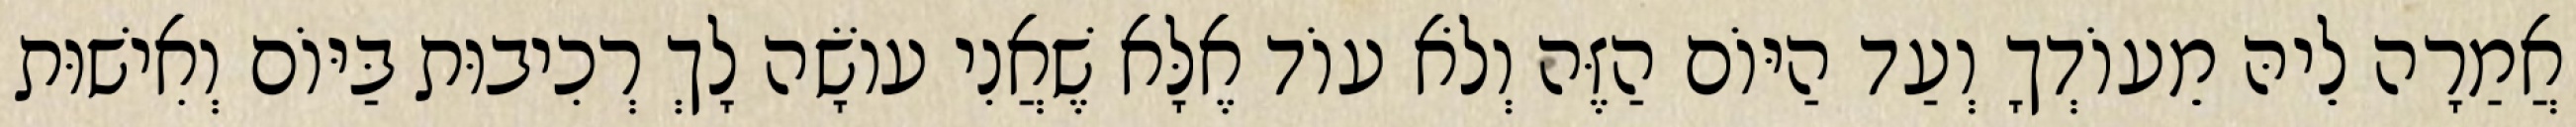
אֲמַרָה לֵיהּ מֵעוֹדְךָ וְעַד הַיּוֹם הַזֶּה וְלֹא עוֹד אֶלָּא שֶׁאֲנִי עוֹשָׂה לָךְ רְכִיבוּת בַּיּוֹם וְאִישׁוּת